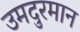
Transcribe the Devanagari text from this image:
उमदुरमान